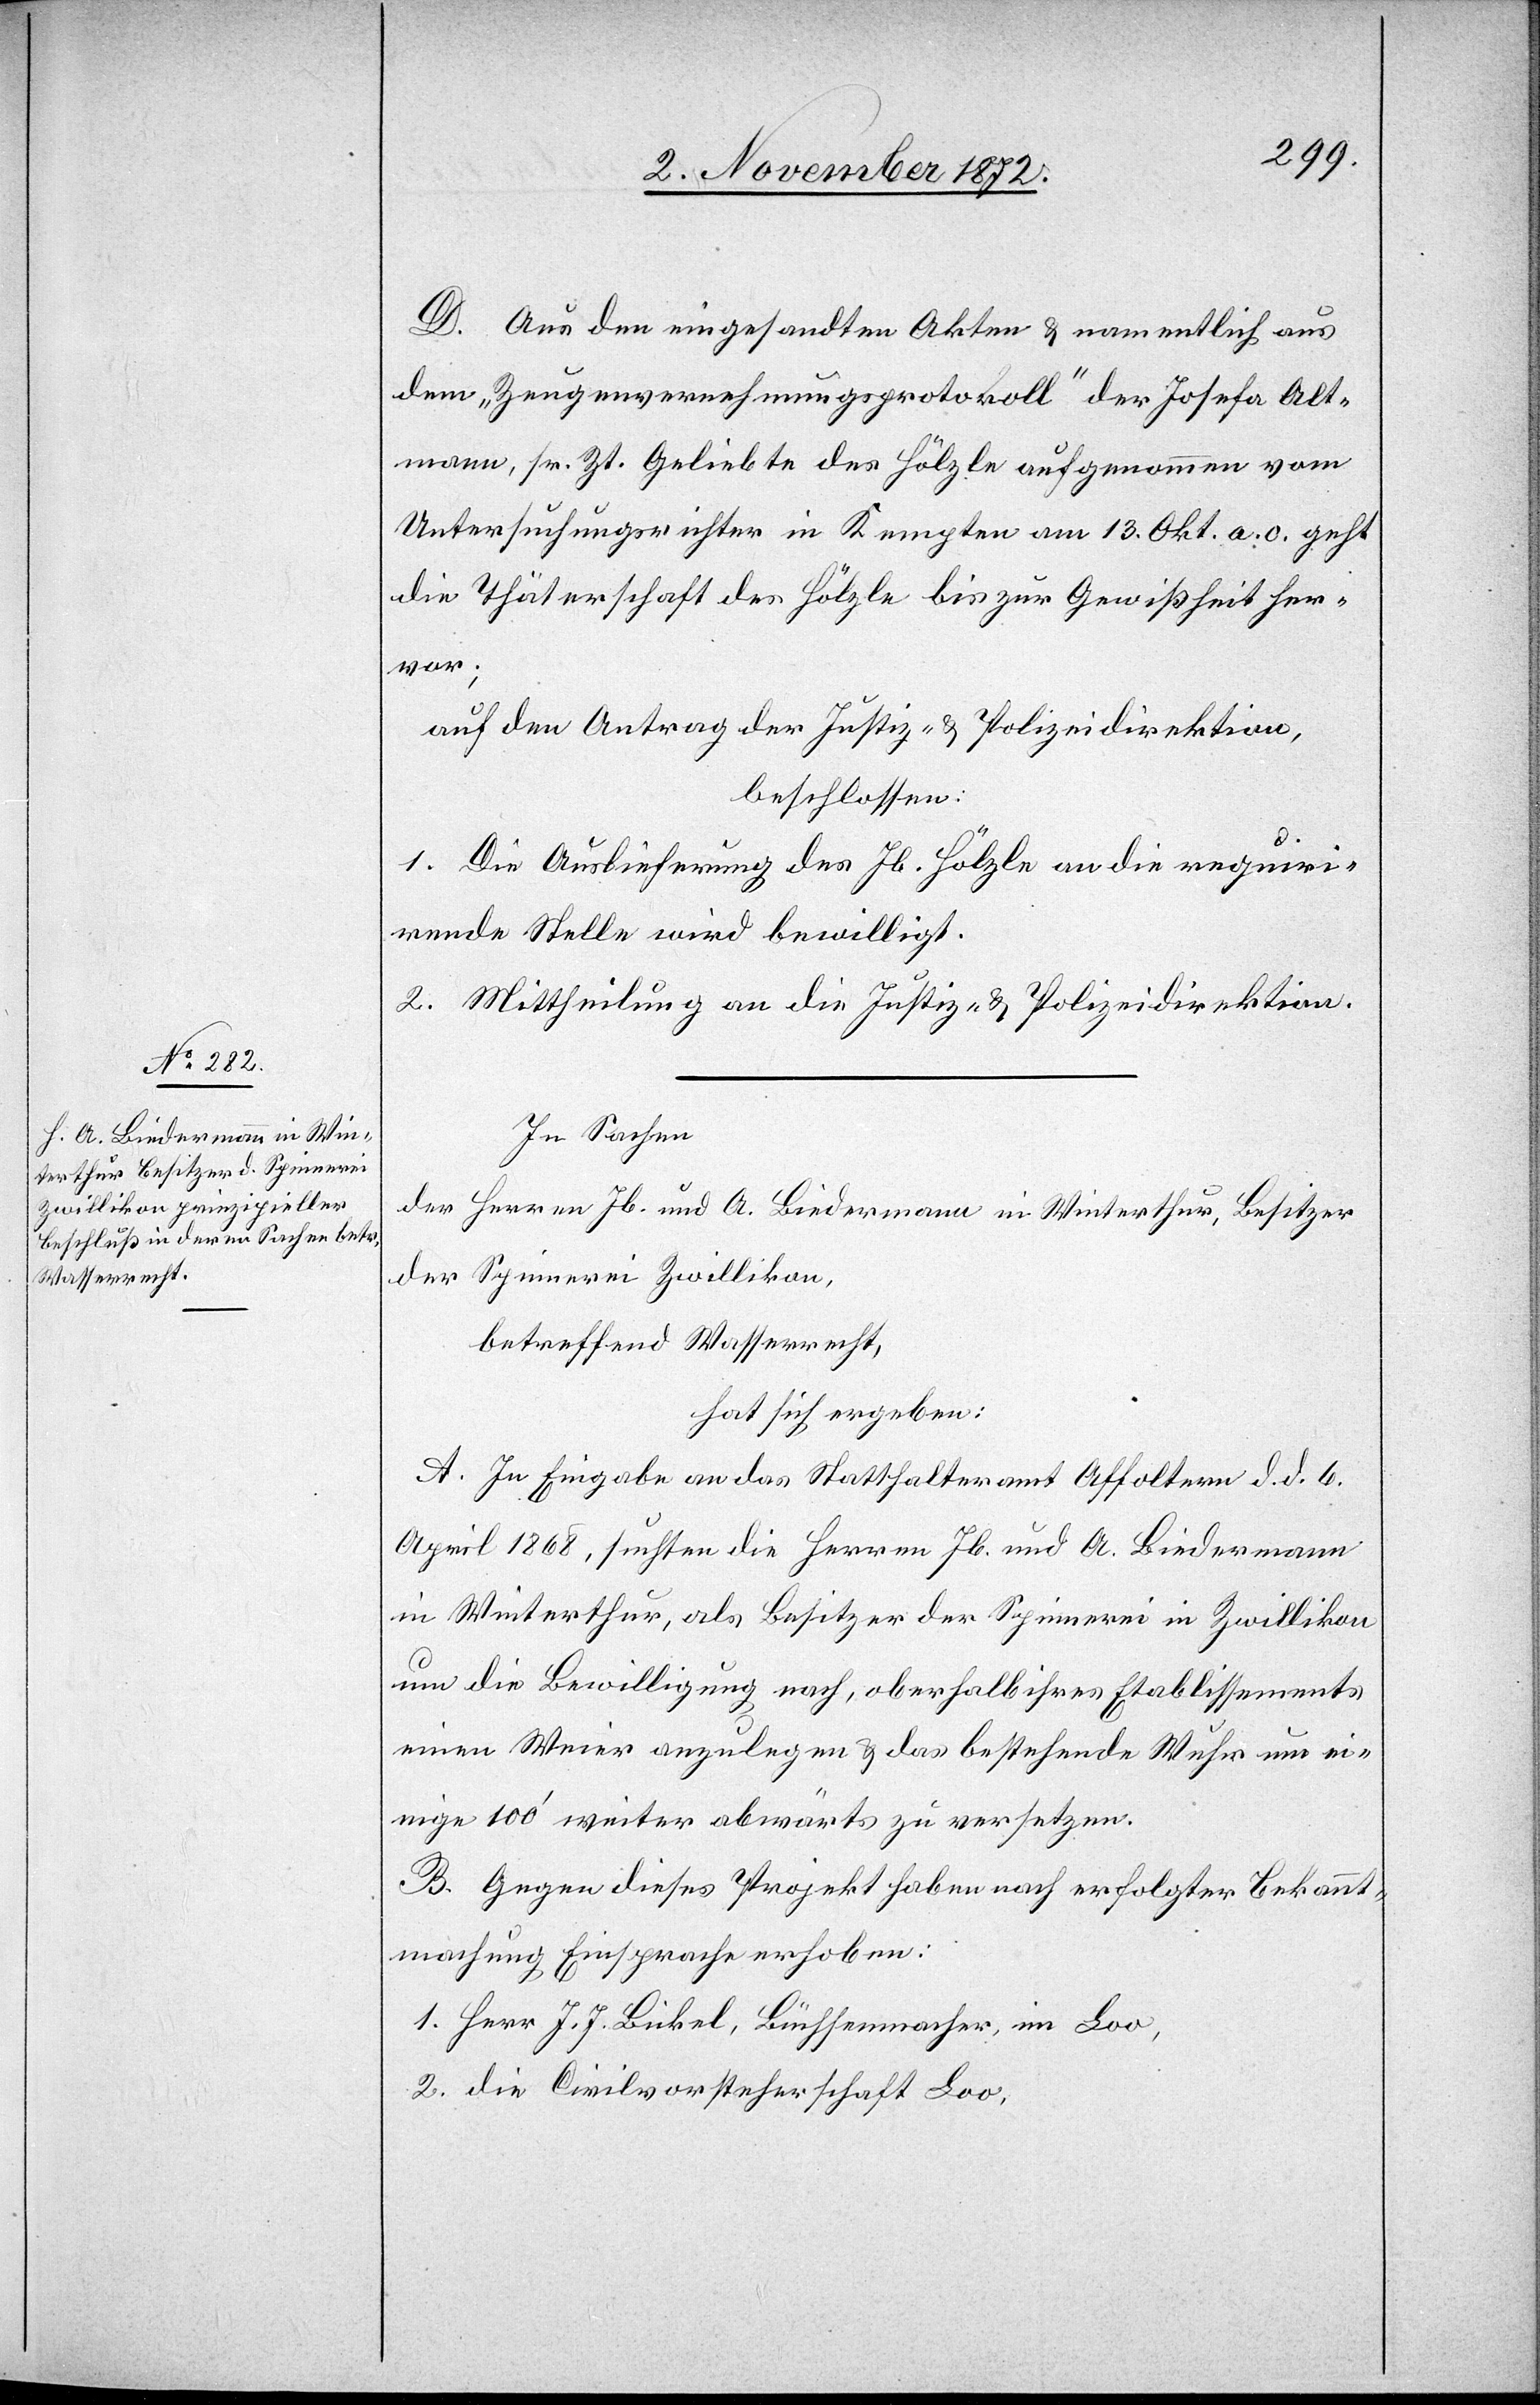
5. November 1872.]
D. Aus den eingesandten Akten u. namentlich aus
dem „Zeugenvernehmungsprotokoll“ der Josefa Alt¬
mann, sr. Zt. Geliebte des Hölzle aufgenommen vom
Untersuchungsrichter in Kempten am 13. Okt. a. c. geht
die Thäterschaft des Hölzle bis zur Gewißheit her¬
vor;
auf den Antrag der Justiz- u. Polizeidirektion,
beschlossen:
1. Die Auslieferung des Jb. Hölzle an die requiri¬
rende Stelle wird bewilligt.
2. Mittheilung an die Justiz- u. Polizeidirektion.
In Sachen
der Herren Jb. und A. Biedermann in Winterthur, Besitzer
der Spinnerei Zwillikon,
betreffend Wasserrecht,
hat sich ergeben:
A. In Eingabe an das Statthalteramt Affoltern d. d. 6.
April 1868, suchten die Herren Jb. und A. Biedermann
in Winterthur, als Besitzer der Spinnerei in Zwillikon
um die Bewilligung nach, oberhalb ihres Etablissements
einen Weier anzulegen & das bestehende Wuhr um ei¬
nige 100’ weiter abwärts zu versetzen.
B. Gegen dieses Projekt haben nach erfolgter Bekannt¬
machung Einsprache erhoben:
die Civilvorsteherschaft Loo,